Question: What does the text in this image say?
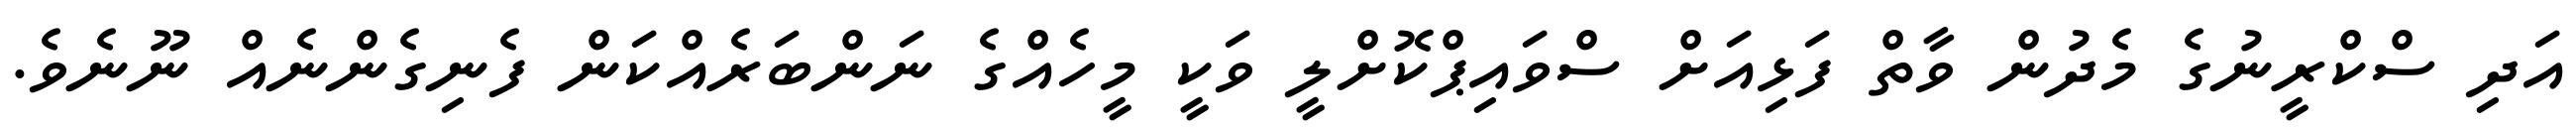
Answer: އަދި ސްކްރީނުގެ މެދުން ވާތް ފަޅިއަށް ސްވައިޕްކޮށްލީ ވަކީ މީހެއްގެ ނަންބަރެއްކަން ފެނިގެންނެއް ނޫނެވެ.